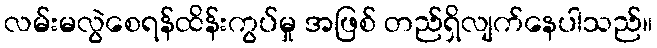
လမ်းမလွဲစေရန်ထိန်းကွပ်မှု အဖြစ် တည်ရှိလျက်နေပါသည်။